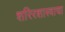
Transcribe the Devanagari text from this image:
शरिरशास्त्राचा